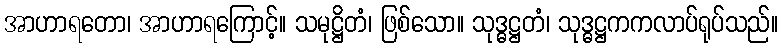
အာဟာရတော၊ အာဟာရကြောင့်။ သမုဋ္ဌိတံ၊ ဖြစ်သော။ သုဒ္ဓဋ္ဌတံ၊ သုဒ္ဓဋ္ဌကကလာပ်ရုပ်သည်။